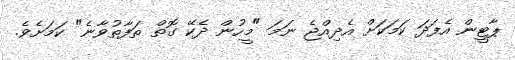
ޕާޓީން އެފަދަ ކަމަކަށް އެދިއްޖެ ނަމަ "މީހުން ދެކޭ ގޮތް ތަފާތުވާނެ" ކަމަށެވެ.